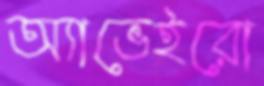
অ্যাভেইরো